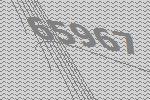
65967